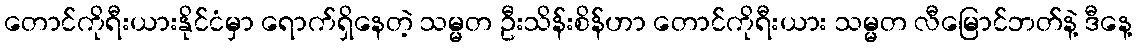
တောင်ကိုရီးယားနိုင်ငံမှာ ရောက်ရှိနေတဲ့ သမ္မတ ဦးသိန်းစိန်ဟာ တောင်ကိုရီးယား သမ္မတ လီမြောင်ဘတ်နဲ့ ဒီနေ့